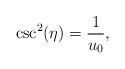
LaTeX: \begin{align*}\csc^2(\eta) = \frac{1}{u_0}, \end{align*}